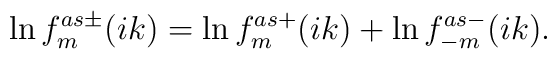
\ln f^{as\pm}_m(ik)=\ln f^{as+}_m(ik)+\ln f^{as-}_{-m}(ik).